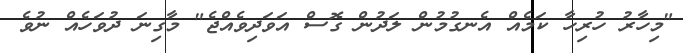
"މިހާރު ހުރިހާ ކަމެއް އެނގުމުން ލަދުން ގޮސް އަވަދިވެއްޖެ" މާގިނަ ދުވަހެއް ނުވެ